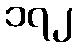
၁၇၂